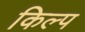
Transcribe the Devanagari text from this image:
किल्प